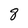
Character: 8